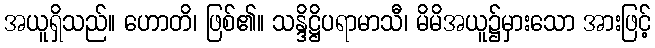
အယူရှိသည်။ ဟောတိ၊ ဖြစ်၏။ သန္ဒိဋ္ဌိပရာမာသီ၊ မိမိအယူ၌မှားသော အားဖြင့်